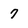
Character: 7